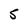
Character: 5